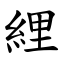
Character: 䋥